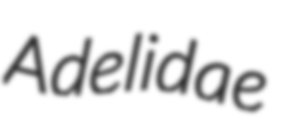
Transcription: Adelidae